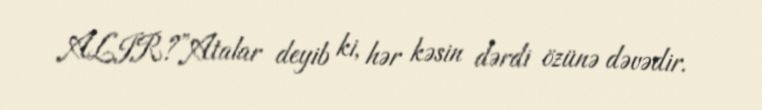
ALIR?”Atalar deyib ki, hər kəsin dərdi özünə dəvədir.